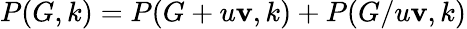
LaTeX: P(G,k)=P(G+u\mathbf{v},k)+P(G/u\mathbf{v},k)